Report of an investigation into the causes of malaria in Bombay and the measures necessary for its control
Disease focus: Malaria
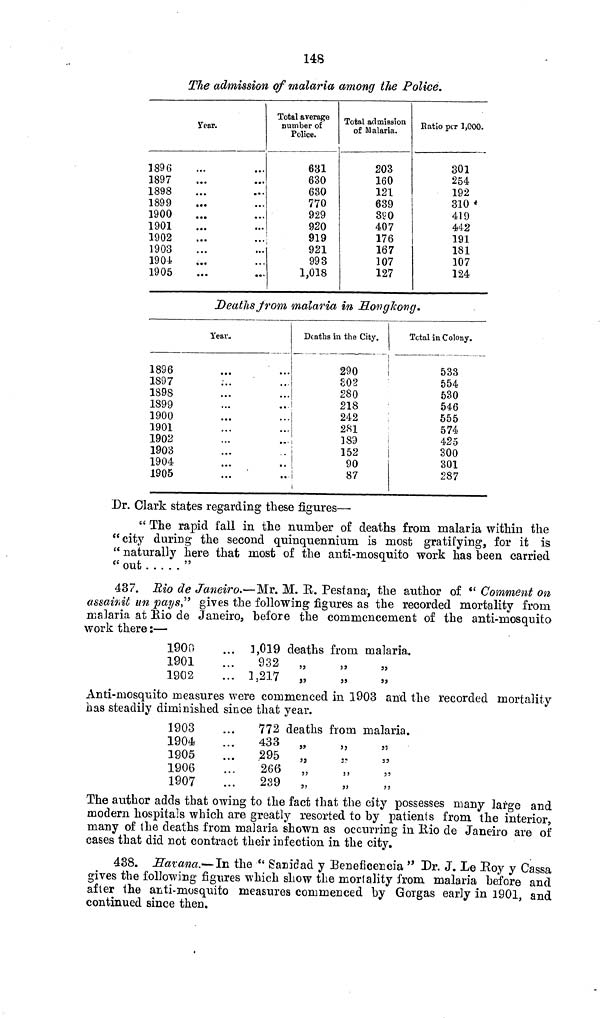
148
The admission of malaria among the Police.
Year.
1896
1897
1898
1899
1900
1901
1902
1903
1904
1905
Total average
number of
Police.
631
630
630
770
929
920
919
921
993
1,018
Total admission
of Malaria.
203
160
121
639
390
407
176
167
107
127
Ratio per 1,000.
301
254
192
310
419
442
191
181
107
124
Deaths from malaria in Hongkong.
Year-
1896
1897
1898
1899
1900
1901
1902
1903
1904
1905
Deaths in the City.
290
302
280
218
242
281
189
152
90
87
Total in Colony.
533
554
530
546
555
574
425
300
301
287
Dr. Clark states regarding these figures—
" The rapid fall in the number of deaths from malaria within the
"city during the second quinquennium is most gratifying, for it is
" naturally here that most of the anti-mosquito work has been carried
" out
"
437. Rio de Janeiro.—Mr. M. R. Pestana-, the author of " Comment on
assainit un pays," gives the following figures as the recorded mortality from
malaria at Bio de Janeiro, before the commencement of the anti-mosquito
work there :—
1900
1901
1902
1,019
932
1,217
deaths from malaria.
Anti-mosquito measures were commenced in 1903 and the recorded mortality
has steadily diminished since that year.
1903
1904
1905
1906
1907
772
433
,295
266
239
deaths from malaria.
The author adds that owing to the fact that the city possesses many large and
modern hospitals which are greatly resorted to by patients from the interior,
many of the deaths from malaria shown as occurring in Rio de Janeiro are of
cases that did not contract their infection in the city.
438. Havana.—In. the " Sanidad y Beneficencia " Dr. J. Le Roy y Cassa
gives the following figures which show the mortality from malaria before and
after the anti-mosquito measures commenced by Gorgas early in 1901, and
continued since then.